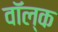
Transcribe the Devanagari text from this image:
वॉल्क